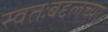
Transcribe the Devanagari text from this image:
स्वतःबद्दलच्या